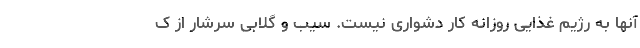
آنها به رژیم غذایی روزانه کار دشواری نیست. سیب و گلابی سرشار از ک